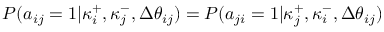
P ( a _ { i j } = 1 | \kappa _ { i } ^ { + } , \kappa _ { j } ^ { - } , \Delta \theta _ { i j } ) = P ( a _ { j i } = 1 | \kappa _ { j } ^ { + } , \kappa _ { i } ^ { - } , \Delta \theta _ { i j } )